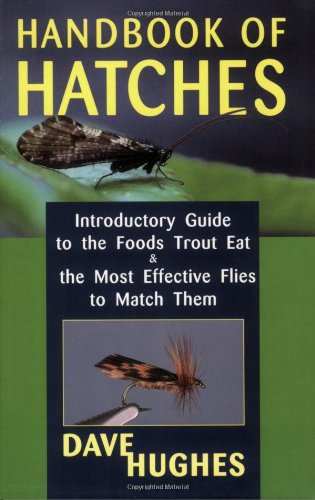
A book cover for Handbook Of Hatches: Introductory Guide to the Foods Trout Eat & the Most Effective Flies to Match Them; Dave Hughes; Sports & Outdoors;